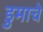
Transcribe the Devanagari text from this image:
डुमाचे